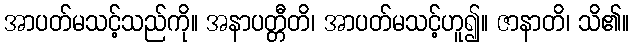
အာပတ်မသင့်သည်ကို။ အနာပတ္တီတိ၊ အာပတ်မသင့်ဟူ၍။ ဇာနာတိ၊ သိ၏။